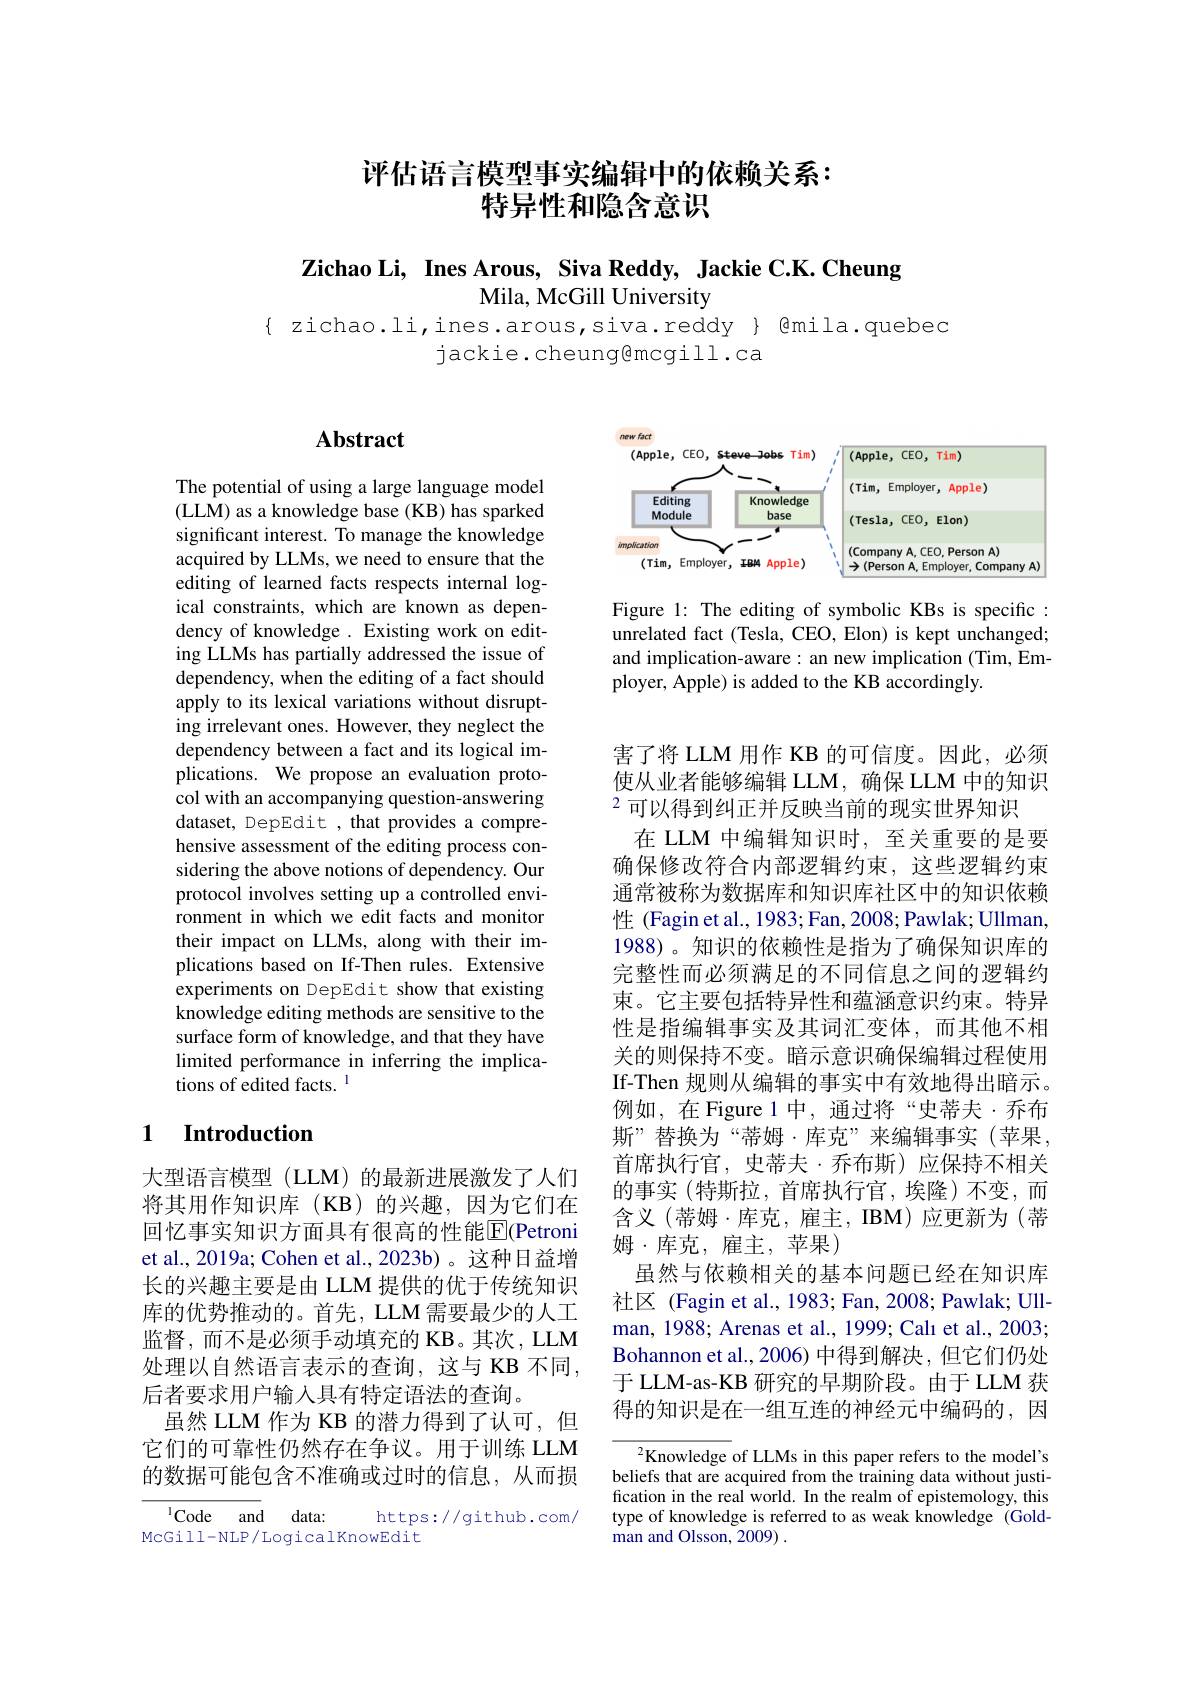
# 评估语言模型事实编辑中的依赖关系： 特异性和隐含意识

Zichao Li, Ines Arous, Siva Reddy, Jackie C.K. Cheung
## Mila, McGill University

$\{$ zichao.li, ines. arous, siva. reddy $\}$ @mila. quebec
jackie.cheung@mcgill.ca

# Abstract

<FigureHere>

Figure 1: The editing of symbolic KBs is specific : unrelated fact (Tesla, CEO, Elon) is kept unchanged; and implication-aware: an new implication (Tim, Employer, Apple) is added to the KB accordingly.

The potential of using a large language model (LLM) as a knowledge base (KB) has sparked significant interest. To manage the knowledge acquired by LLMs, we need to ensure that the editing of learned facts respects internal logical constraints, which are known as dependency of knowledge . Existing work on editing LLMs has partially addressed the issue of dependency, when the editing of a fact should apply to its lexical variations without disrupting irrelevant ones. However, they neglect the dependency between a fact and its logical implications. We propose an evaluation protocol with an accompanying question-answering dataset, DepEdit , that provides a comprehensive assessment of the editing process considering the above notions of dependency. Our protocol involves setting up a controlled environment in which we edit facts and monitor their impact on LLMs, along with their implications based on If-Then rules. Extensive experiments on DepEdit show that existing knowledge editing methods are sensitive to the surface form of knowledge, and that they have limited performance in inferring the implications of edited facts. l

害了将 LLM 用作 KB 的可信度。因此，必须使从业者能够编辑 LLM,确保 LLM 中的知识$^{2}$可以得到纠正并反映当前的现实世界知识
在 LLM 中编辑知识时，至关重要的是要确保修改符合内部逻辑约束，这些逻辑约束通常被称为数据库和知识库社区中的知识依赖性 (Fagin et al., 1983; Fan, 2008; Pawlak; Ullman, 1988)。知识的依赖性是指为了确保知识库的完整性而必须满足的不同信息之间的逻辑约束。它主要包括特异性和蕴涵意识约束。特异性是指编辑事实及其词汇变体，而其他不相关的则保持不变。暗示意识确保编辑过程使用If-Then 规则从编辑的事实中有效地得出暗示。例如，在Figure 1中，通过将“史蒂夫·乔布斯”替换为“蒂姆·库克”来编辑事实(苹果， 首席执行官，史蒂夫·乔布斯)应保持不相关的事实 (特斯拉，首席执行官，埃隆)不变，而含义(蒂姆·库克，雇主，IBM)应更新为(蒂姆·库克，雇主，苹果)
虽然与依赖相关的基本问题已经在知识库社区 (Fagin et al., 1983; Fan, 2008; Pawlak; Ullman, 1988; Arenas et al., 1999; Calı et al., 2003; Bohannon et al., 2006) 中得到解决，但它们仍处于 LLM-as-KB 研究的早期阶段。由于 LLM 获得的知识是在一组互连的神经元中编码的，因

## 1 $\textbf{Introduction}$

大型语言模型 (LLM) 的最新进展激发了人们将其用作知识库(KB)的兴趣，因为它们在回忆事实知识方面具有很高的性能$\overline{\mathrm{E}}($Petroni et al., 2019a; Cohen et al., 2023b) 。这种日益增长的兴趣主要是由 LLM 提供的优于传统知识库的优势推动的。首先，LLM 需要最少的人工监督，而不是必须手动填充的 KB。其次，LLM 处理以自然语言表示的查询，这与 KB 不同， 后者要求用户输入具有特定语法的查询。
虽然 LLM 作为 KB 的潜力得到了认可，但它们的可靠性仍然存在争议。用于训练 LLM 的数据可能包含不准确或过时的信息，从而损

$^{2}$Knowledge of LLMs in this paper refers to the model's beliefs that are acquired from the training data without justification in the real world. In the realm of epistemology, this type of knowledge is referred to as weak knowledge (Goldman and Olsson, 2009) .

$^{1}$Code and data:
https://github.com/
McGill-NLP/LogicalKnowEdit